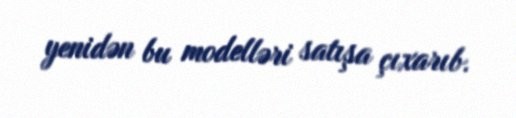
yenidən bu modelləri satışa çıxarıb.